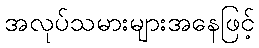
အလုပ်သမားများအနေဖြင့်